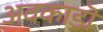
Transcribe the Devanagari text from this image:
अवकाडॊ